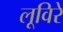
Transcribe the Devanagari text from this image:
लूविरे